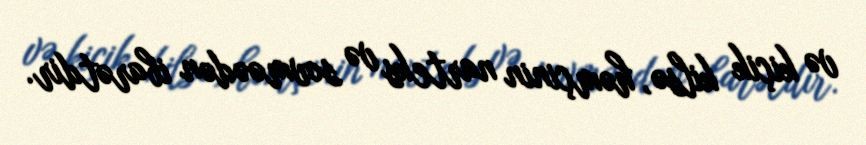
və kiçik kilsə, həmçinin narteks və sovməədən ibarətdir.